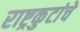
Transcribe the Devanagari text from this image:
राष्ट्रकुटांचे